Sketch of the medical history of the native army of Bombay, for the year
Year: 1872
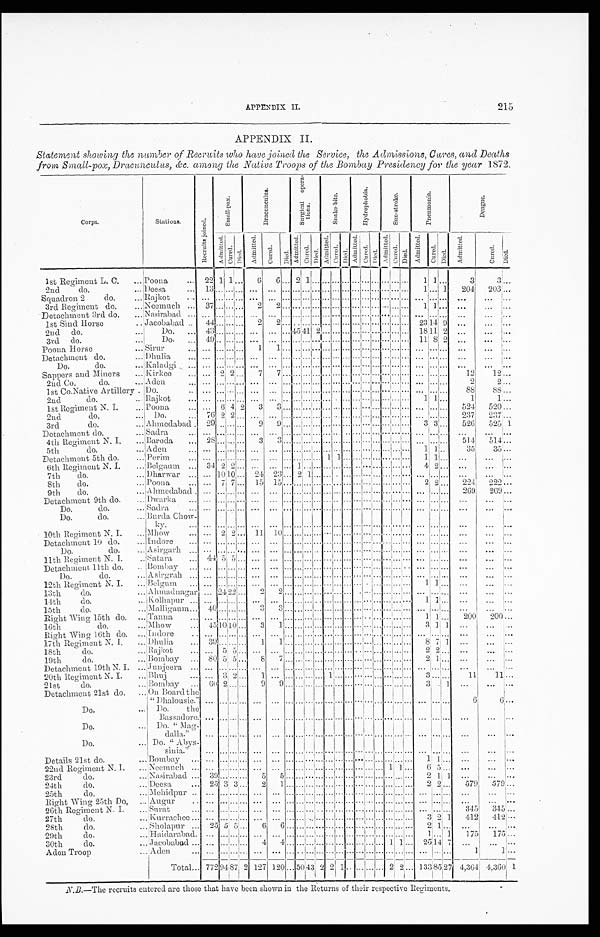
APPENDIX II.
215
APPENDIX II.
Statement showing the number of Recruits who have joined the Service, the Admissions, Cures, and Deaths
from Small-pox, Dracunculas, &c. among the Native Troops of the Bombay Presidency for the year 1872.
Corps.
Stations.
R e c r u i t s j o i n e d .
S m a l l - p o x .
D r a c u n c u l u s .
S u r g i c a l o p e r a - t i o n s .
S n a k e - b i t e .
H y d r o p h o b i a .
S u n - s t r o k e .
P n e u mo n i a .
D e n g u e .
A d mi t t e d .
Cur ed.
Di e d . Ad mi t t e d . Cur ed. Di ed.
Ad mi t t e d . C u r e d .
D i e d .
Ad mi t t e d .
Cured.
Di ed.
Ad mi t t e d . Cur ed.
D i e d .
Admi t t ed.
Cu r e d .
Di ed.
A d mi t t e d . Cur ed.
Di ed. A d mi t t e d .
Cu r e d .
D i e d .
1st Regiment L. C.
Poona
22 1 1
...
6
6 ... 2 1
. . .
... . . .
...... . . .
... ...... . . . 1 1 . . .
3 3
. . .
2nd. do.
Deesa
1 3 . . . . . .
...
. . .
. . .
... . . .
... . . .
... . . . .
....... . . . .
.......... . . . .
1 . . . 1
204
2 0 3
. . .
Squadron 2 do.
R a j k o t . . .
. . . . . .
... . . .
. . . ... . . . ... . . .
... . . .
...... . . .
... ...... . . . . . .
. . . . . .
. . .
...
. . .
3rd Regiment do.
N e e m u c h 3 7 . . . . . .
...
2
2 ... . . .
... . . .
... . . .
...... . . .
... ...... . . .
1 1 . . . ...
...
. . .
Detachment 3rd do. Nasirabad
. . . . . . . . ....
. . .
. . .
... . . .
... . . .
... . . .
...... . . .
... ...... . . .
. . . . . . . . . ...
. . .
. . .
1st Sind Horse Jacobabad
44 . . . . . .
...
2
2 ... . . .
... . . . ... . . .
...... . . .
... ...... . . . 23 14 9 ...
...
. . .
2nd do.
Do.
4 3 . . . . . .
... . . .
. . . ... 45 41 2 ... . . .
...... . . .
... ... ... . . . 1811 2
. . . ...
. . .
3rd do.
D o .
4 9 . . . . . .
...
. . .
. . .
... . . .
... . . .
... . . .
...... . . .
... ...... . . .
1 1 8 2 ... ...
. . .
Poona Horse
S i r u r . . .
. . . . . .
... 1
1 ... . . .
... . . .
... . . .
...... . . .
... ...... . . .
. . . . . . . . . ...
...
. . .
Detachment do.
D h u l i a . . . . . . . . .
...
. . .
. . .
... . . .
... . . .
... . . .
...... . . .
... ...... . . .
. . . . . . . . . ... ...
. . .
Do. do.
K a l a d g i . . . . . . . . .
... . . .
. . . ... . . .
... . . .
... . . .
...... . . .
... ...... . . . . . .
. . . . . .
. . . ...
. . .
S appers and Miners
Kirkee
. . . 2 2 ...
7
7 ... . . . ... . . . ... . . . ... ... . . . ... ... ... . . .
. . . . . . . . .
12 12
. . .
2nd Co. do.
Aden
. . . . . . . . .
...
. . .
. . .
... . . .
... . . .
... . . .
...... . . .
... . . .
... . . .
. . . . . . . . .
2
2 ...
1st Co.Native Artillery. Do.
. . . . . . . . . ... . . .
. . . . . .
. . . ... . . . ... . . . ... ... . . . ... ...... . . . . . .
. . . . . .
88 88
. . .
2nd do.
Rajkot
. . . . . . . . .
...
. . .
. . . ... . . .
... . . .
... . . .
...... . . .
... ...... . . . 1 1 ...
1
1 ...
1st Regiment N. I.
Poona
...
6 4 2
3 3 . . . . . .
... . . .
... . . .
...... . . .
... ....... . . .
. . . . . . . . .
524 520
. . .
2nd do.
Do.
76 2 2 ...
. . . . . . ... . . .
... . . .
... . . .
...... . . .
... ...... . . . . . .
. . . . . . 237
237
. . .
3rd do.
Ahmedabad 29 . . . . . .
...
9 9 ... . . .
... . . .
... . . .
... ... . . .
... ... ... . . .
3 3 . . . 526 525 1
Detachment do.
Sadra
. . . . . . . . .
...
. . . . . . ... . . .
... . . .
... . . .
...... . . .
... ...... . . .
. . . . . . . . .
...
...
. . .
4th Regiment N. I.
B a r o d a 2 8 . . . . . ....
3 3 ... . . .
... . . .
... . . .
...... . . .
... ...... . . . . . .
. . . . . . 514
5 1 4 . . .
5th do.
A d e n ...
. . . . . .
... . . .
. . . ... . . .
... . . . ... . . . ... ... . . .... ... ... . . .
1 1 . . .
35
35
. . .
Detachment 5th do.
Perim
. . .
...
. . .
... . . .
. . . ... . . .
... . . . 1 1 ...... . . .
... ...... . . .
1 1 ... ...
...
. . .
6th Regiment N. I.
B e l g a u m 34 2 2 ... ... ... ... 1 .... . . . ... . . .
... ... . . .
... ...... . . . 4 2 ... ...
. . .
. . .
7th do.
Dharwar
. . . 1 0 1 0 ...
2 4
2 3 ... 2 1
. . .
... . . . ... ... . . .
... ...... . . . . . .
. . . . . .
. . .
. . .
. . .
8th do.
P o o n a ... 7 7 ... 15
1 5
... . . .
... . . .
... . . .
...... . . .
... ...... . . . 2 2 ...
224 222
. . .
9 th do.
Ahmedabad
. . . . . . . . .
... . . .
. . . ... . . . ... . . . ... . . .
...... . . . ... ...... . . . . . . . . . . . . 269
269
. . .
Detachment 9th do.
Dwarka
. . .
. . . . . .
...
. . .
. . . ... . . . ... . . . ... . . .
... ... . . .... ... ... . . . . . .
. . . . . . ...
. . . ...
Do. do.
S a d r a . . .
. . . . . .
...
. . .
. . . ... . . .
... . . .
... . . . .
...... . . .
... ...... . . . . . .
. . . . . .
. . .
...
. . .
Do. do.
B u r d a C h o w - k y .
. . . . . . . . .
...
. . .
. . . ... . . . .
... . . .
... . . .
... ... . . .
... ...... . . . . . . . . . . . .
. . .
. . .
. . .
10th Regiment N. I.
M h o w
. . . 2 2 ...
1 1
1 0
... . . .
... . . .
... . . .
...... . . . . . .
... ... . . .
. . . . . . . . . ...
. . .
. . .
Detachment 10 do.
Indore
. . . . . . . . .
...
. . .
. . .
... . . .
... . . .
... . . .
...... . . .
... ...... . . .
. . . . . . . . . ...
. . .
. . .
Do. do.
A s i r g a r h
. . . . . . . . .
...
. . .
. . .
... . . .
... . . .
... . . .
...... . . .
... ...... . . . . . .
. . . . . .
. . .
. . .
. . .
11th Regiment N. I.
Satara
4 4 5 5 ...
. . .
. . .
... . . .
... . . .
... . . .
...... . . .
... ...... . . . . . . . . . . . . ...
. . . ...
Detachment 11th do.
Bombay
. . . . . . . . ....
. . .
. . . ... . . . ... . . .
... . . . ...... . . . ... ... ... . . . . . . . . . . . .
. . .
. . .
. . .
Do. do.
Asirgrah
. . . . . . . . . .
...
. . . .
. . . ... . . . ... . . .
... . . . ...... . . . ... ...... . . . . . . . . . . . .
. . .
. . .
. . .
12th Regiment N. I.
B e l g u m
. . . . . . . . .
...
. . .
. . .
... . . .
... . . .
... . . .
...... . . . ... ...... . . . 1 1 . . .
. . .
. . .
. . .
13th do.
Ahmadnagar
. . . 2 4 2 2 ...
2
2 ... . . .
.... . . .
... . . .
...... . . .
... ...... . . . . . . . . . . . .
. . .
. . .
. . .
14th do.
Kolhapur . . . . . . . . .
...
. . .
. . .
... . . .
... . . .
... . . .
..... . . . ... ...... . . .
1 1 . . . ...
. . .
. . .
15th do.
Malligaum
4 0 . . . . . .
...
3
3 ... . . .
... . . .
... . . .
...... . . .
... ... ... . . .
. . . . . . . . . ...
. . .
. . .
Right Wing 15th do.
T a n n a . . . . . . . . . ...
. . .
. . . ... . . . ... . . .
... . . ... ... . . . ... ...... . . .
1 1 . . .
2 0 0
2 0 0
. . .
16th do.
M h o w
4 5 1 0 1 0 ...
3
1 ... . . .
... . . .
... . . .
...... . . .
... ...... . . .
3 1 1
. . . ...
. . .
Right Wing 16th do.
Indore
. . . . . . . . . ...
. . .
. . . ... . . .
...
. . .
... . . .
...... . . .
... ...... . . . . . . . . . . . .
. . .
. . .
. . .
17th Regiment N. I.
Dhulia
39 . . . . . .
...
1
1 ... . . .
... . . .
... . . .
...... . . .
... ...... . . . 8 7 1 ...
. . .
. . .
18th do.
R a j k o t . . . 5 5 ... ...
. . . ... . . .
... . . .
... . . .
....... . . .
... ...... . . .
2 2 . . . ...
...
. . .
19th do.
B o m b a y 80 5 5 ...
8
7 ... . . .
... . . .
... . . .... ... . . . ......... . . . 2 1 ... ...
...
. . .
Detachment 19th N. I.
J u n j e e r a . . . . . . . . . ...
. . .
. . . . . . . . .
... . . .
... . . .
...... . . .
... ...... . . . . . . . . . . . .
. . .
. . .
. . .
20th Regiment N. I.
B h u j
. . . 3 2 ...
1
. . . ... . . .
... . . .
1 . . .
...... . . .
... ...... . . .
3 . . . . . .
1 1
1 1
. . .
21st do.
B o m b a y
6 0 2 . . .
...
9
9 ... . . .
... . . . ... . . . ... ... . . . ...... ... . . .
3 . . . 1
. . .
. . .
. . .
Detachment 21st do.
O n B o a r d t h e " D h a l o u s i e . "
. . . . . . . . .
...
. . .
. . .
... . . . . . . . . . ... . . . ... ... . . . ... ...... . . . . . .
. . . . . .
6
6
. . .
Do.
D o . t h e B a s s a d o r e .
. . . . . . . . . ...
. . .
. . .
... . . . . . . . . . ... . . . ... ... . . . ... ... ... . . .
. . .
. . . . . .
. . .
. . .
. . .
Do.
Do. "Mag-
d a l l a . "
. . . . . . . . .
...
. . .
. . .
... . . .
...
. . . ... . . . ... ... . . .
... ... ... . . .
. . .
. . . . . .
. . .
...
. . .
Do.
D o . " A b y s - s i n i a . "
. . . . . . . . .
...
. . .
. . .
... . . .
... . . .
... . . .
...... . . .
... ...... . . .
. . . . . . . . . ...
. . .
. . .
Details 21st do.
B o m b a y
. . . . . . . . .
...
. . .
. . .
... . . .
... . . .
... . . .
...... . . . ... ...... . . .
1 1
. . .
. . .
. . .
. . .
22nd Regiment N. I.
N e e m u c h . . . . . . . . . ...
. . .
. . .
... . . .
... . . .
... . . .
...... . . . ... 1 1 . . . .
6 5
. . .
. . .
. . .
. . .
23rd do.
N a s i r a b a d 39 . . . . . . ...
5 5 ... . . .
... . . .
... . . .
....... . . . ... ...... . . .
2 1 1
. . .
. . .
. . .
24th do.
D e e s a 25 3 3 . . .
2 1 ... . . .
... . . .
... . . .
...... . . . ... ...... . . .
. . .
2 2
579 579
. . .
25th do.
M e h i d p u r . . . . . . . . .
.... ...
. . . . . . . . .
...
. . . . ... . . . ... ... . . . . . . ... ... . . .
. . . . . . . . .
. . .
...
. . .
R i g h t W i n g 2 5 t h D o ,
A u g u r
. . . . . . . . .
...
. . .
. . . ... . . .
... . . .
... . . .
...... . . .
... ...... . . .
. . . . . . . . . ...
... ...
2 6 t h R e g i m e n t N . I .
S u r a t . . . . . . . . .
...
. . .
. . . ... . . .
... . . .
... . . .
...... . .
... ...... . . .
. . . . . . . . .
3 4 5 345
. . .
27th do.
K u r r a c h e e
. . . . . . . . .
...
. . .
. . . ... . . .
... . . .
... . . .
...... . . .
... ...... . . .
3 2 1
412 412
. . .
28th do.
Sholapur
25 5 5 ...
6
6 ... . . .
... . . .
... . . .
...... . . .
... ...... . . .
2 1 . . .
. . .
. . .
. . .
29th do.
Haidarabad.
. . . . . . . . .
...
. . .
. . . ... . . .
... . . .
... . . .
...... . . .
... ...... . . .
1 . . . 1
175
1 7 5
. . .
30th do.
Jacobabad
. . . . . . . . .
......
4 4 . . .
... . . .
... . . .
...... . . .
... 1 1 . . .
2 5 1 4 7 ...
. . .
. . .
Aden Troop
Aden
. . . . . . . . .
...
. . .
. . . ... . . .
... . . .
... . . .
... ... . . .
... ...... . . .
. . . . . . . . .
1
1
. . .
Total
772 9 4 8 7
2
1 2 7
1 2 0
... 5 0
43 2 2
1 ... ... . . . ... 2 2 . . . 133 85 27 4,364 4,360 1
N.B.—The recruits entered are those that have been shown in the Returns of their respective Regiments.